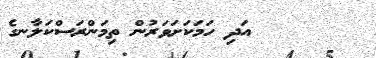
٣٢       އަދި ހަމަކަށަވަރުން ތިމަންރަސްކަލާނގެ